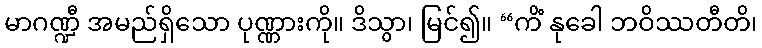
မာဂဏ္ဍီ အမည်ရှိသော ပုဏ္ဏားကို။ ဒိသွာ၊ မြင်၍။ “ကိံ နုခေါ ဘဝိဿတီတိ၊